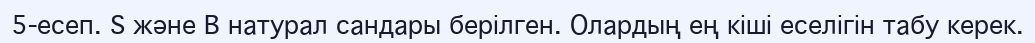
5-есеп. S және В натурал сандары берілген. Олардың ең кіші еселігін табу керек.